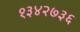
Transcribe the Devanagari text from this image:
१३४२७३६